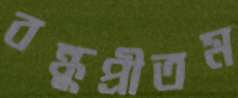
বন্ধুপ্রীতম